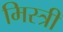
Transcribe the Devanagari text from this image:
मिस्‍त्री